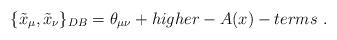
LaTeX: \begin{align*}\{\tilde x_\mu ,\tilde x_\nu \}_{DB}=\theta _{\mu\nu} +higher-A(x)-terms~ .\end{align*}